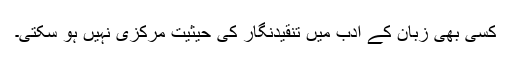
کسی بھی زبان کے ادب میں تنقیدنگار کی حیثیت مرکزی نہیں ہو سکتی۔